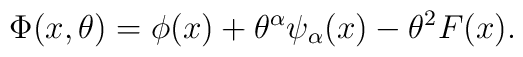
\Phi(x,\theta) = \phi(x) + \theta^\alpha \psi_\alpha (x) - \theta^2 F(x).